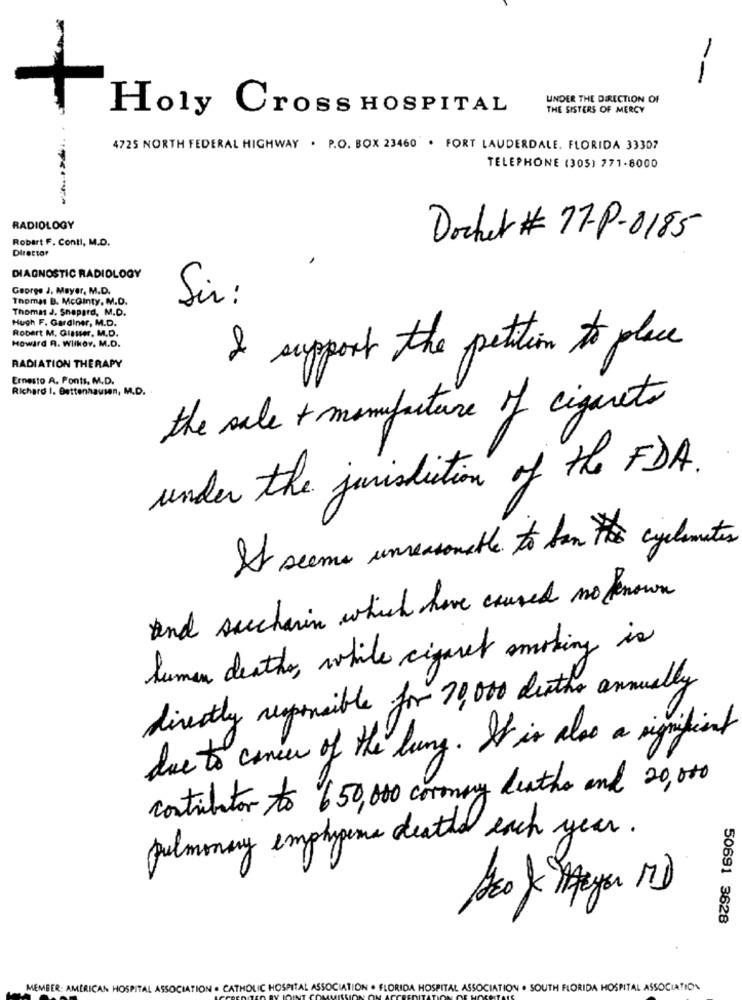
--
UNDER THE DIRECTION OF
Holy Cross HOSPITAL
THE SISTERS OF MERCY
4725 NORTH FEDERAL HIGHWAY . P.O. BOX 23460". FORT LAUDERDALE. FLORIDA 33307
TELEPHONE (305) 771-8000
RADIOLOGY
Robert F. Contl, M.D.
Dochet # 77-P-0185
Director
DIAGNOSTIC RADIOLOGY
George J. Mayer, M.D.
Thomas B. McGinty. M.D.
Sir :
Thomas J. Shepard, M.D.
Hugh F. Gardiner, M.D.
Robert M. Glasser, M.D.
Howard R. Wilkev. M.D.
I support the petition to place
RADIATION THERAPY
Ernesto A. Ponts, M.D.
Richard I. Bettenhausen, M.D.
the sale + manufacture of cigaretes
under the jurisdiction of the FDA.
It seems unreasonable to ban the cyclimates
and saccharin which have caused no known
lumen deaths, while cigaret smoking is
directly responsible for 70000 deaths annually
due to cancer of the lung . It is also a significant
contributor to 650,000 coronary leather and 20,000
pulmonary emphyens deaths each year .
SEo & Mega MD
50691 3628
MEMBER: AMERICAN HOSPITAL ASSOCIATION . CATHOLIC HOSPI
FLORIDA HOSPITAL ASSOCIATION